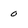
Character: 0